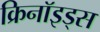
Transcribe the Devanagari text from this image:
क्रिनॉइड्स